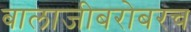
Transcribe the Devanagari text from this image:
बालाजीबरोबरच